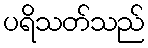
ပရိသတ်သည်